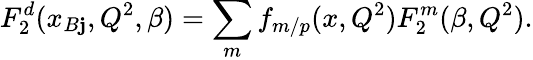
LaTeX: F_{2}^{d}(x_{B\mathbf{j}},Q^{2},\beta)=\sum_{m}f_{m/p}(x,Q^{2})F_{2}^{m}(\beta,Q^{2}).